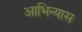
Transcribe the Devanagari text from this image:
आभिन्यास